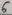
Text: 7